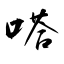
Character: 嗒